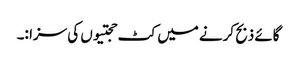
گائے ذبح کرنے میں کٹ حجتیوں کی سزا :۔